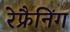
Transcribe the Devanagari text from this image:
रेफ्रैनिंग